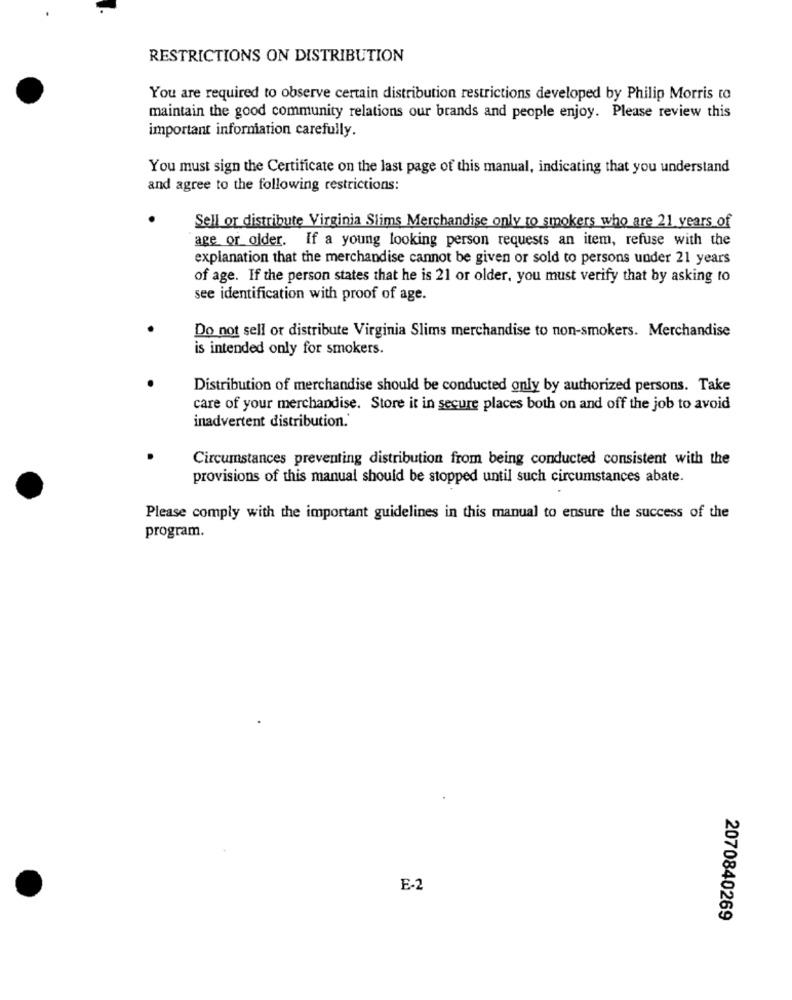
RESTRICTIONS ON DISTRIBUTION
You are required to observe certain distribution restrictions developed by Philip Morris to
maintain the good community relations our brands and people enjoy. Please review this
important information carefully.
You must sign the Certificate on the last page of this manual, indicating that you understand
and agree to the following restrictions:
Sell or distribute Virginia Slims Merchandise only to smokers who are 21 years of
age or older. If a young looking person requests an item, refuse with the
explanation that the merchandise cannot be given or sold to persons under 21 years
of age. If the person states that he is 21 or older, you must verify that by asking to
see identification with proof of age.
Do not sell or distribute Virginia Slims merchandise to non-smokers. Merchandise
is intended only for smokers.
Distribution of merchandise should be conducted only by authorized persons. Take
care of your merchandise. Store it in secure places both on and off the job to avoid
inadvertent distribution.'
Circumstances preventing distribution from being conducted consistent with the
provisions of this manual should be stopped until such circumstances abate.
Please comply with the important guidelines in this manual to ensure the success of the
program.
E-2
2070840269